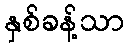
နှစ်ခန့်သာ